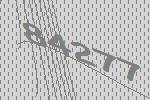
84277